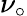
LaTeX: \nu_{\circ}